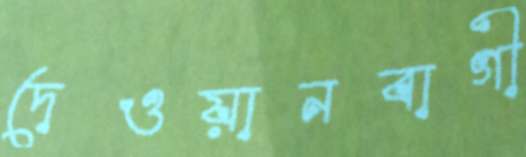
দেওয়ানবাগী